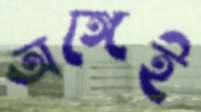
অঙ্গেই